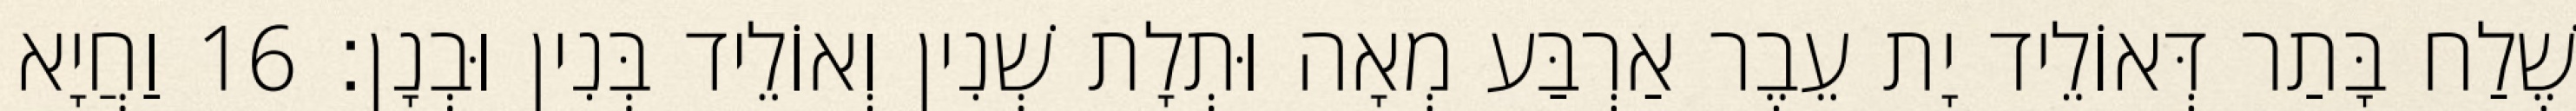
שֶׁלַח בָּתַר דְּאוֹלֵיד יָת עֵבֶר אַרְבַּע מְאָה וּתְלָת שְׁנִין וְאוֹלֵיד בְּנִין וּבְנָן׃ 16 וַחֲיָא